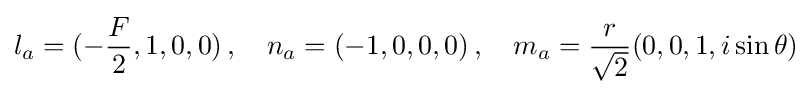
l_{a}=(-{\frac {F}{2}},1,0,0)\,,\quad n_{a}=(-1,0,0,0)\,,\quad m_{a}={\frac {r}{\sqrt {2}}}(0,0,1,i\sin \theta )